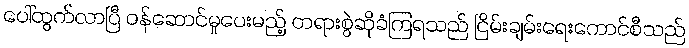
ပေါ်ထွက်လာပြီ ဝန်ဆောင်မှုပေးမည့် တရားစွဲဆိုခံကြရသည် ငြိမ်းချမ်းရေးကောင်စီသည်